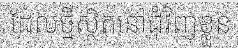
ដែលថ្មីស្ថិតនៅជុំវិញខ្លួន